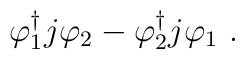
\varphi_1^{\dag} j \varphi_2 - \varphi_2^{\dag} j \varphi_1~.